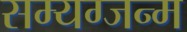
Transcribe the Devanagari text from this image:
सम्यग्जन्म